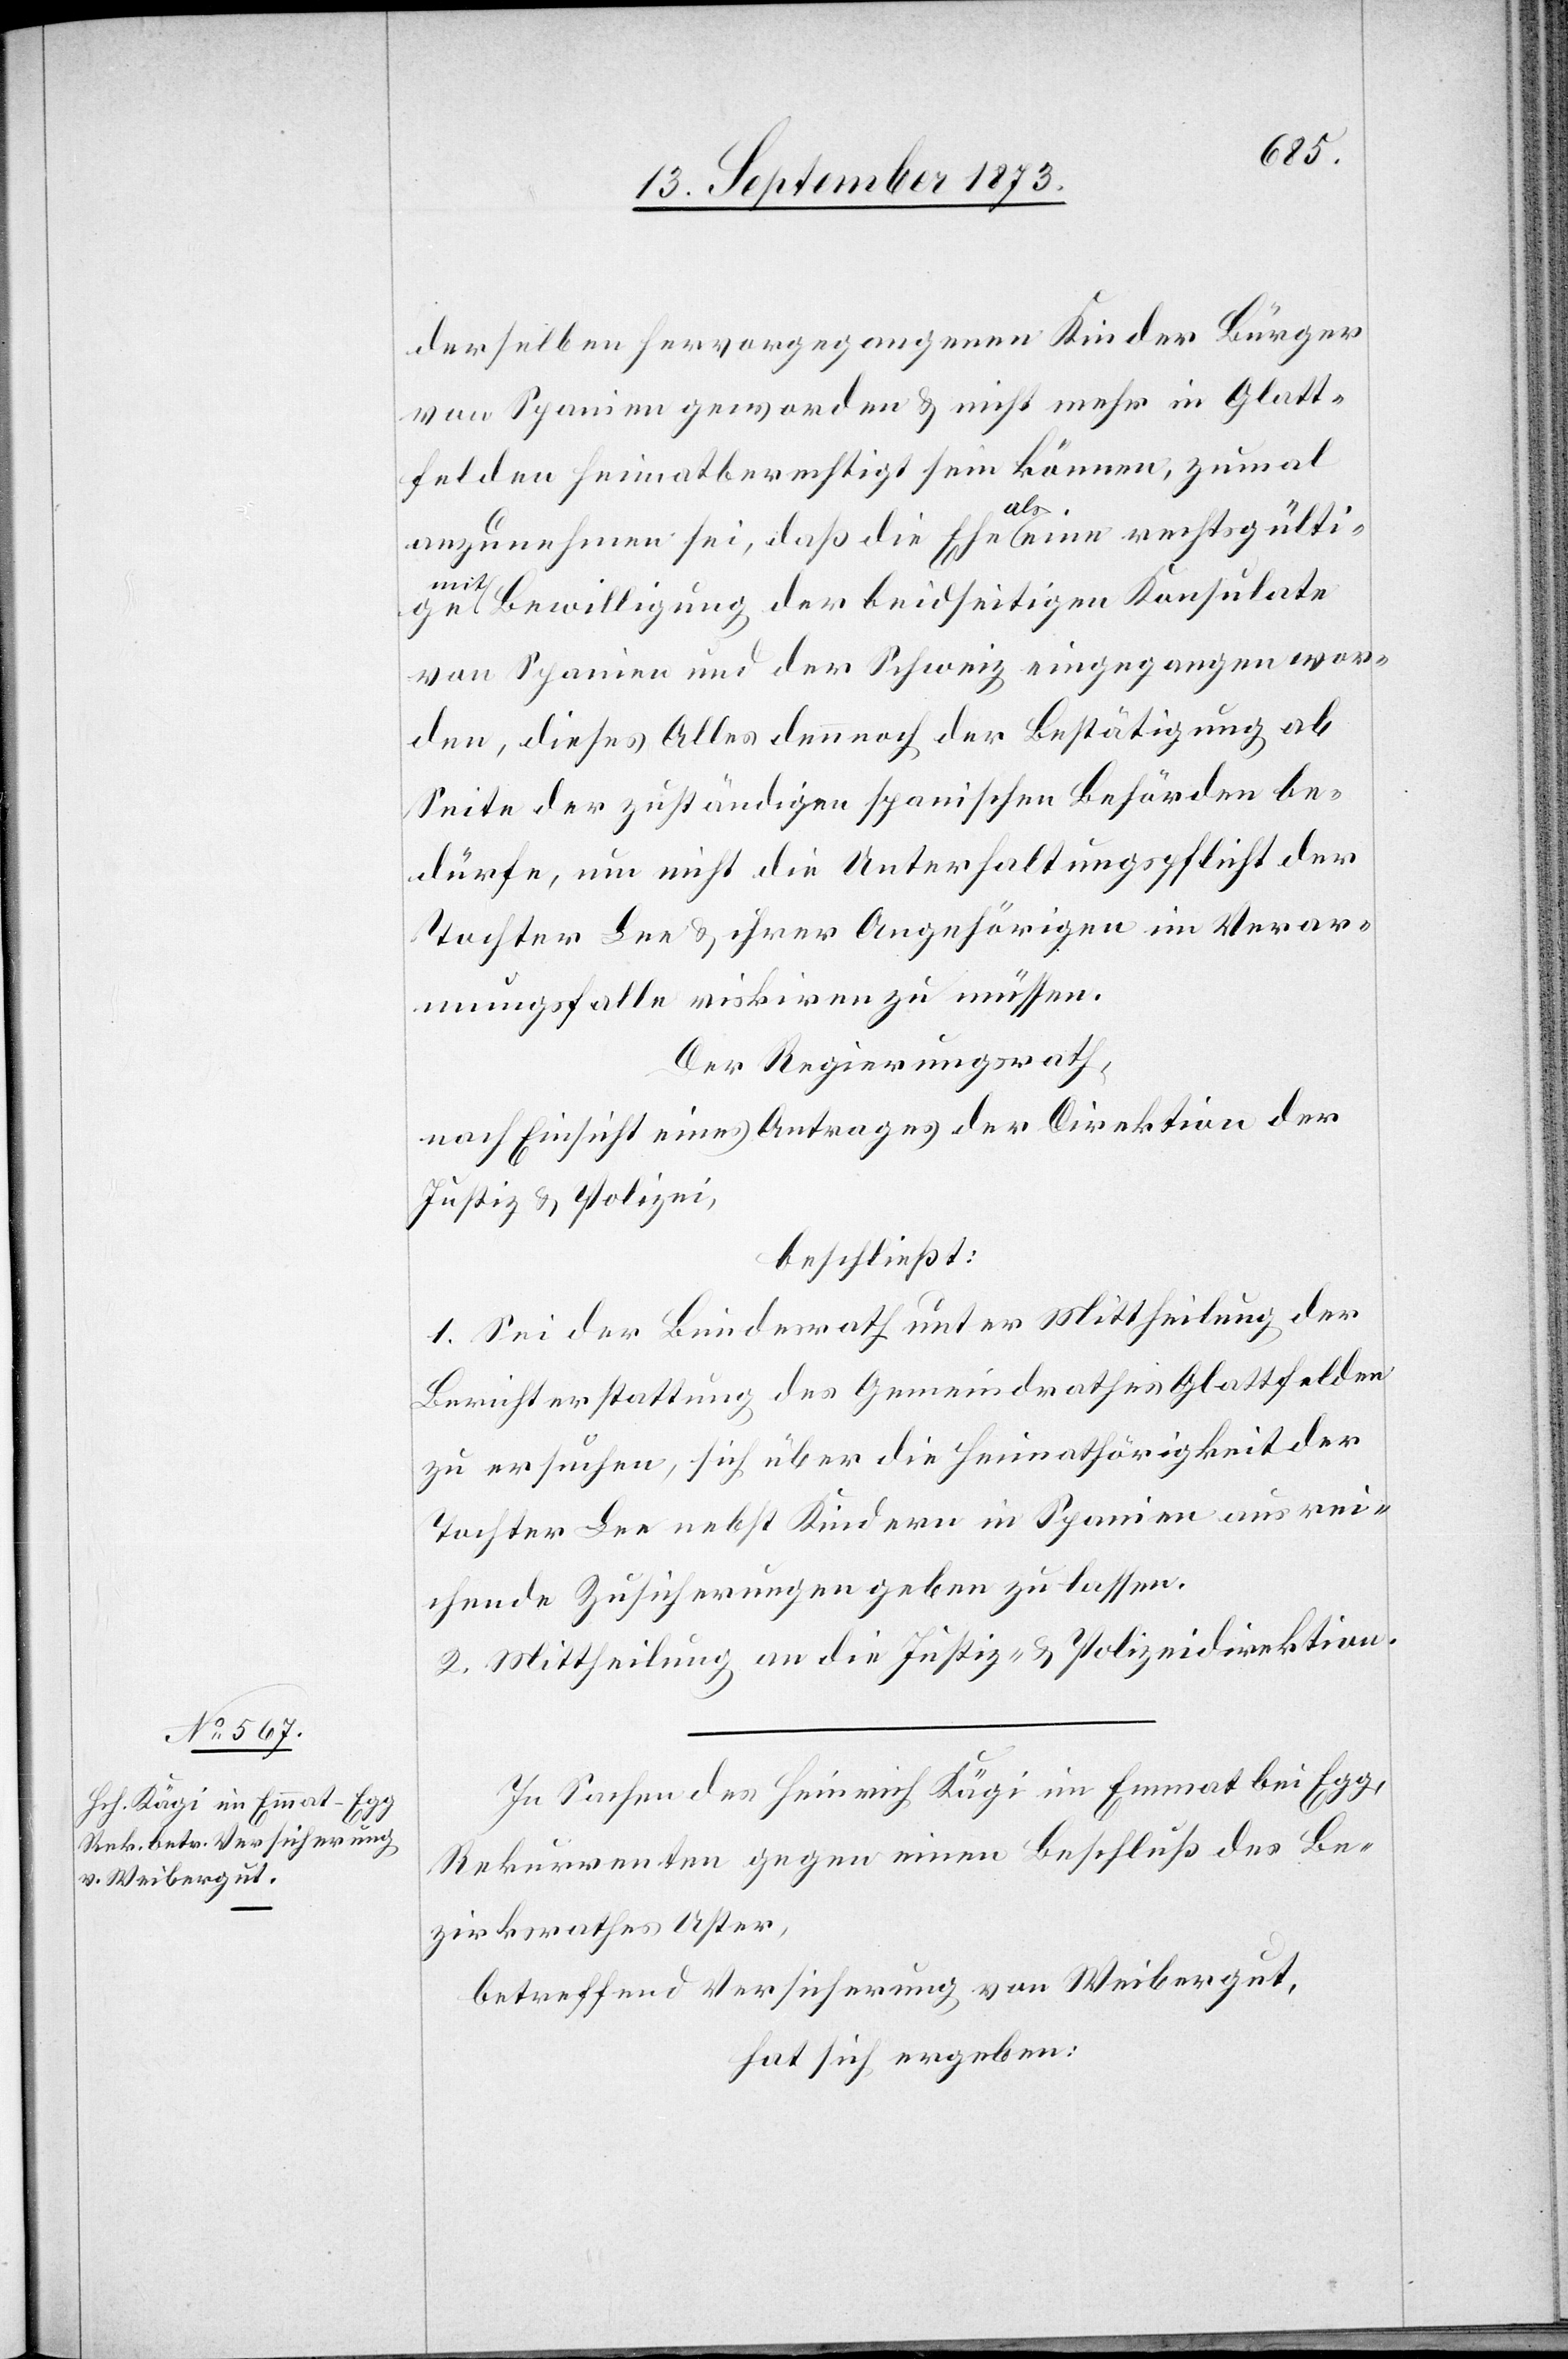
derselben hervorgegangenen Kinder Bürger
von Spanien geworden & nicht mehr in Glatt¬
felden heimatberechtigt sein können, zumal
anzunehmen sei, daß die Ehe als eine rechtsgülti¬
ge mit Bewilligung der beidseitigen Konsulate
von Spanien und der Schweiz eingegangen wor¬
den, dieses Alles dennnoch der Bestätigung ab
Seite der zuständigen spanischen Behörden be¬
dürfe, um nicht die Unterhaltungspflicht der
Tochter Lee & ihrer Angehörigen im Verar¬
mungsfalle riskiren zu müssen.
Der Regierungsrath,
nach Einsicht eines Antrages der Direktion der
Justiz & Polizei,
beschließt:
1. Sei der Bundesrath unter Mittheilung der
Berichterstattung des Gemeindrathes Glattfelden
zu ersuchen, sich über die Heimathörigkeit der
Tochter Lee nebst Kindern in Spanien ausrei¬
chende Zusicherungen geben zu lassen.
2. Mittheilung an die Justiz- & Polizeidirektion.
In Sachen des Heinrich Kägi im Emmat bei Egg,
Rekurrenten gegen einen Beschluß des Be¬
zirksrathes Uster,
betreffend Versicherung von Weibergut,
hat sich ergeben: